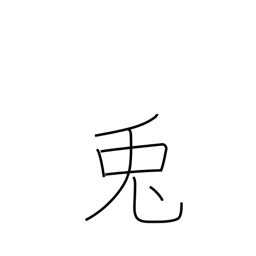
Meaning: rabbit